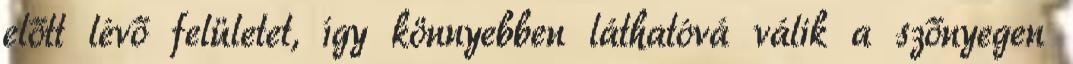
előtt lévő felületet, így könnyebben láthatóvá válik a szőnyegen